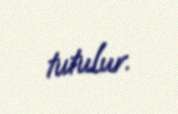
tutulur.